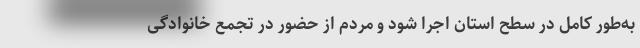
به‌طور کامل در سطح استان اجرا شود و مردم از حضور در تجمع خانوادگی